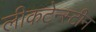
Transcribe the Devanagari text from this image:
लीकटेन्स्टीन